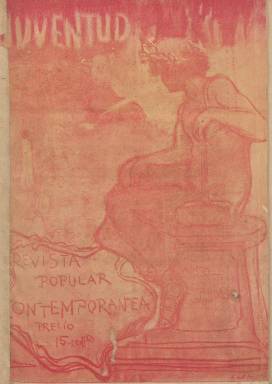
Título: Juventud (Madrid. 1901)
Colección: Cultura
Ámbito geográfico: Madrid
Lugar de publicación: Madrid
Fechas: 01/10/1901-08/03/1902

Revista que alterna lo doctrinal y lo literario y que forma parte del cuerpo de publicaciones de entre siglos enmarcadas en la “edad de plata” de la cultura española, en donde se muestran las tendencias regeneracionistas en lo político y en los sociológico –tal como reconoce Gómez Aparicio- a la vez que sirve de cauce a la inquietud creativa de la generación del 98, como señalan Domingo Paniagua y Luis S. Granjel. Subtitulada “revista popular contemporánea” y con tintes modernistas y europeizantes, comienza su andadura el uno de octubre de 1901, no mencionando en ningún momento quien es su director personal, y aunque entre los nombres que se barajan para su inspiración y fundación aparecen los de Pío Baroja y los de los periodistas Carlos del Río y José María Llanas Aguilaniedo, así como el del propio José Martínez Ruiz, antes de que adoptara el seudónimo de Azorín, han convenido quienes la han estudiado que debe ser considerada su dirección como colectiva.

Entre los que publicaron en ella, además de los ya citados, aparecen -algunos de manera fugaz- Santiago Ramón y Cajal, Francisco Giner de los Ríos, Miguel de Unamuno y Joaquín Costa. En creación literaria (narrativa y poesía) incluye textos modernistas de Ramón María del Valle Inclán y Manuel Machado, así como de Salvador Rueda y Gregorio Martínez Sierra. También se dan cita en sus páginas regeneracionistas como Rafael Altamira, Ciro Bayo y Adolfo González Posada.

Salvador Calderón aparece como el autor de una Sección Científica, que sólo insertará en su primer número. Martínez Ruiz lo fue de la sección La política, a partir del número cinco, y Ramiro de Maeztu, de la sección La actualidad, a partir del siguiente. Otros textos corresponden a Julián Besteiro, Eduardo Marquina y Pedro Dorado, entre otros, y el propio Baroja utilizará también su alter ego Juan Alberto Nessy, quizá para alternar la firma de sus abundantes colaboraciones. Por su parte, Llanas, que aparece a partir del número cuatro, será autor de algunos de sus editoriales, además de artículos de crítica literaria y social.

En sus indicaciones expresa que contaría con corresponsalías literarias y artísticas en todas las “capitales del Estado”, e insertó publicidad comercial en los versos de la portada y contraportada. No tuvo paginación y fue editada en pequeño formato y con una gran sobriedad, careciendo de ilustraciones, excepto los dibujos que estampa en su portada a partir del tercer número y del sexto. Entre sus otras firmas aparecen las de Amalia Skram y Zeda y publicó también textos de algunos autores extranjeros.

Aunque al principio apareció tres veces al mes (decenal), y a partir de su número cinco anuncia que saldría los domingos, su frecuencia fue bastante irregular, publicando hasta un total de doce entregas, siendo la última la del 27 de marzo de 1902.